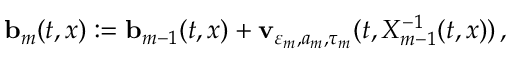
\ensuremath { \mathbf { b } } _ { m } ( t , x ) : = \ensuremath { \mathbf { b } } _ { m - 1 } ( t , x ) + \mathbf { v } _ { \varepsilon _ { m } , a _ { m } , \tau _ { m } } ( t , X _ { m - 1 } ^ { - 1 } ( t , x ) ) \, ,